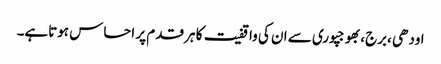
اودھی ،برج،بھوجپوری سے ان کی واقفیت کا ہر قدم پر احساس ہوتاہے۔